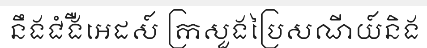
នឹងជំងឺអេដស៍ ក្រសួងប្រៃសណីយ៍និង